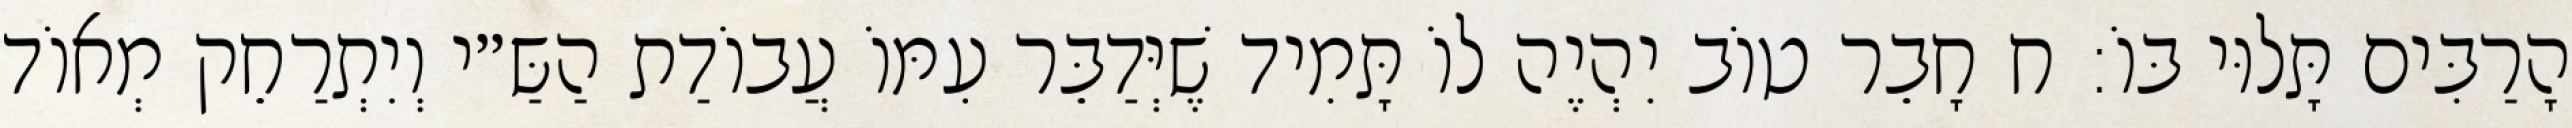
הָרַבִּים תָּלוּי בּוֹ: ח חָבֵר טוֹב יִהְיֶה לוֹ תָּמִיד שֶׁיְּדַבֵּר עִמּוֹ עֲבוֹדַת הַשַּ״י וְיִתְרַחֵק מְאוֹד